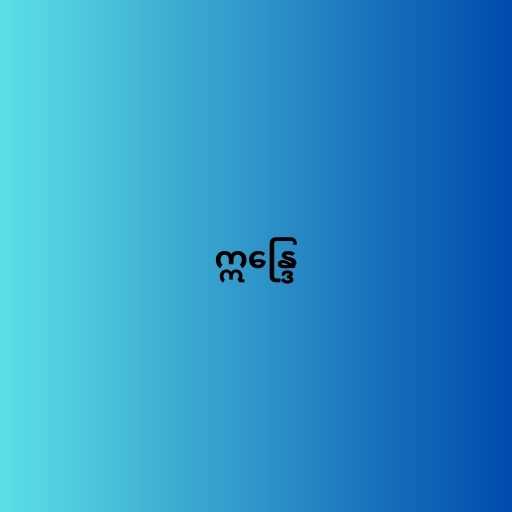
ဣန္ဒြေ